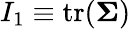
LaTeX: I_{1}\equiv\mathrm{tr}(\mathbf{\Sigma})